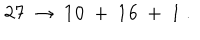
LaTeX: { \bf 2 7 } \ \to \ { \bf 1 0 } \ + \ { \bf 1 6 } \ + \ { \bf 1 } \ .